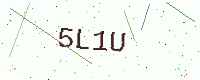
Text: 5L1U